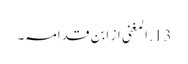
13. المغنی از ابن قدامہ۔